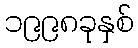
၁၉၉၈ခုနှစ်